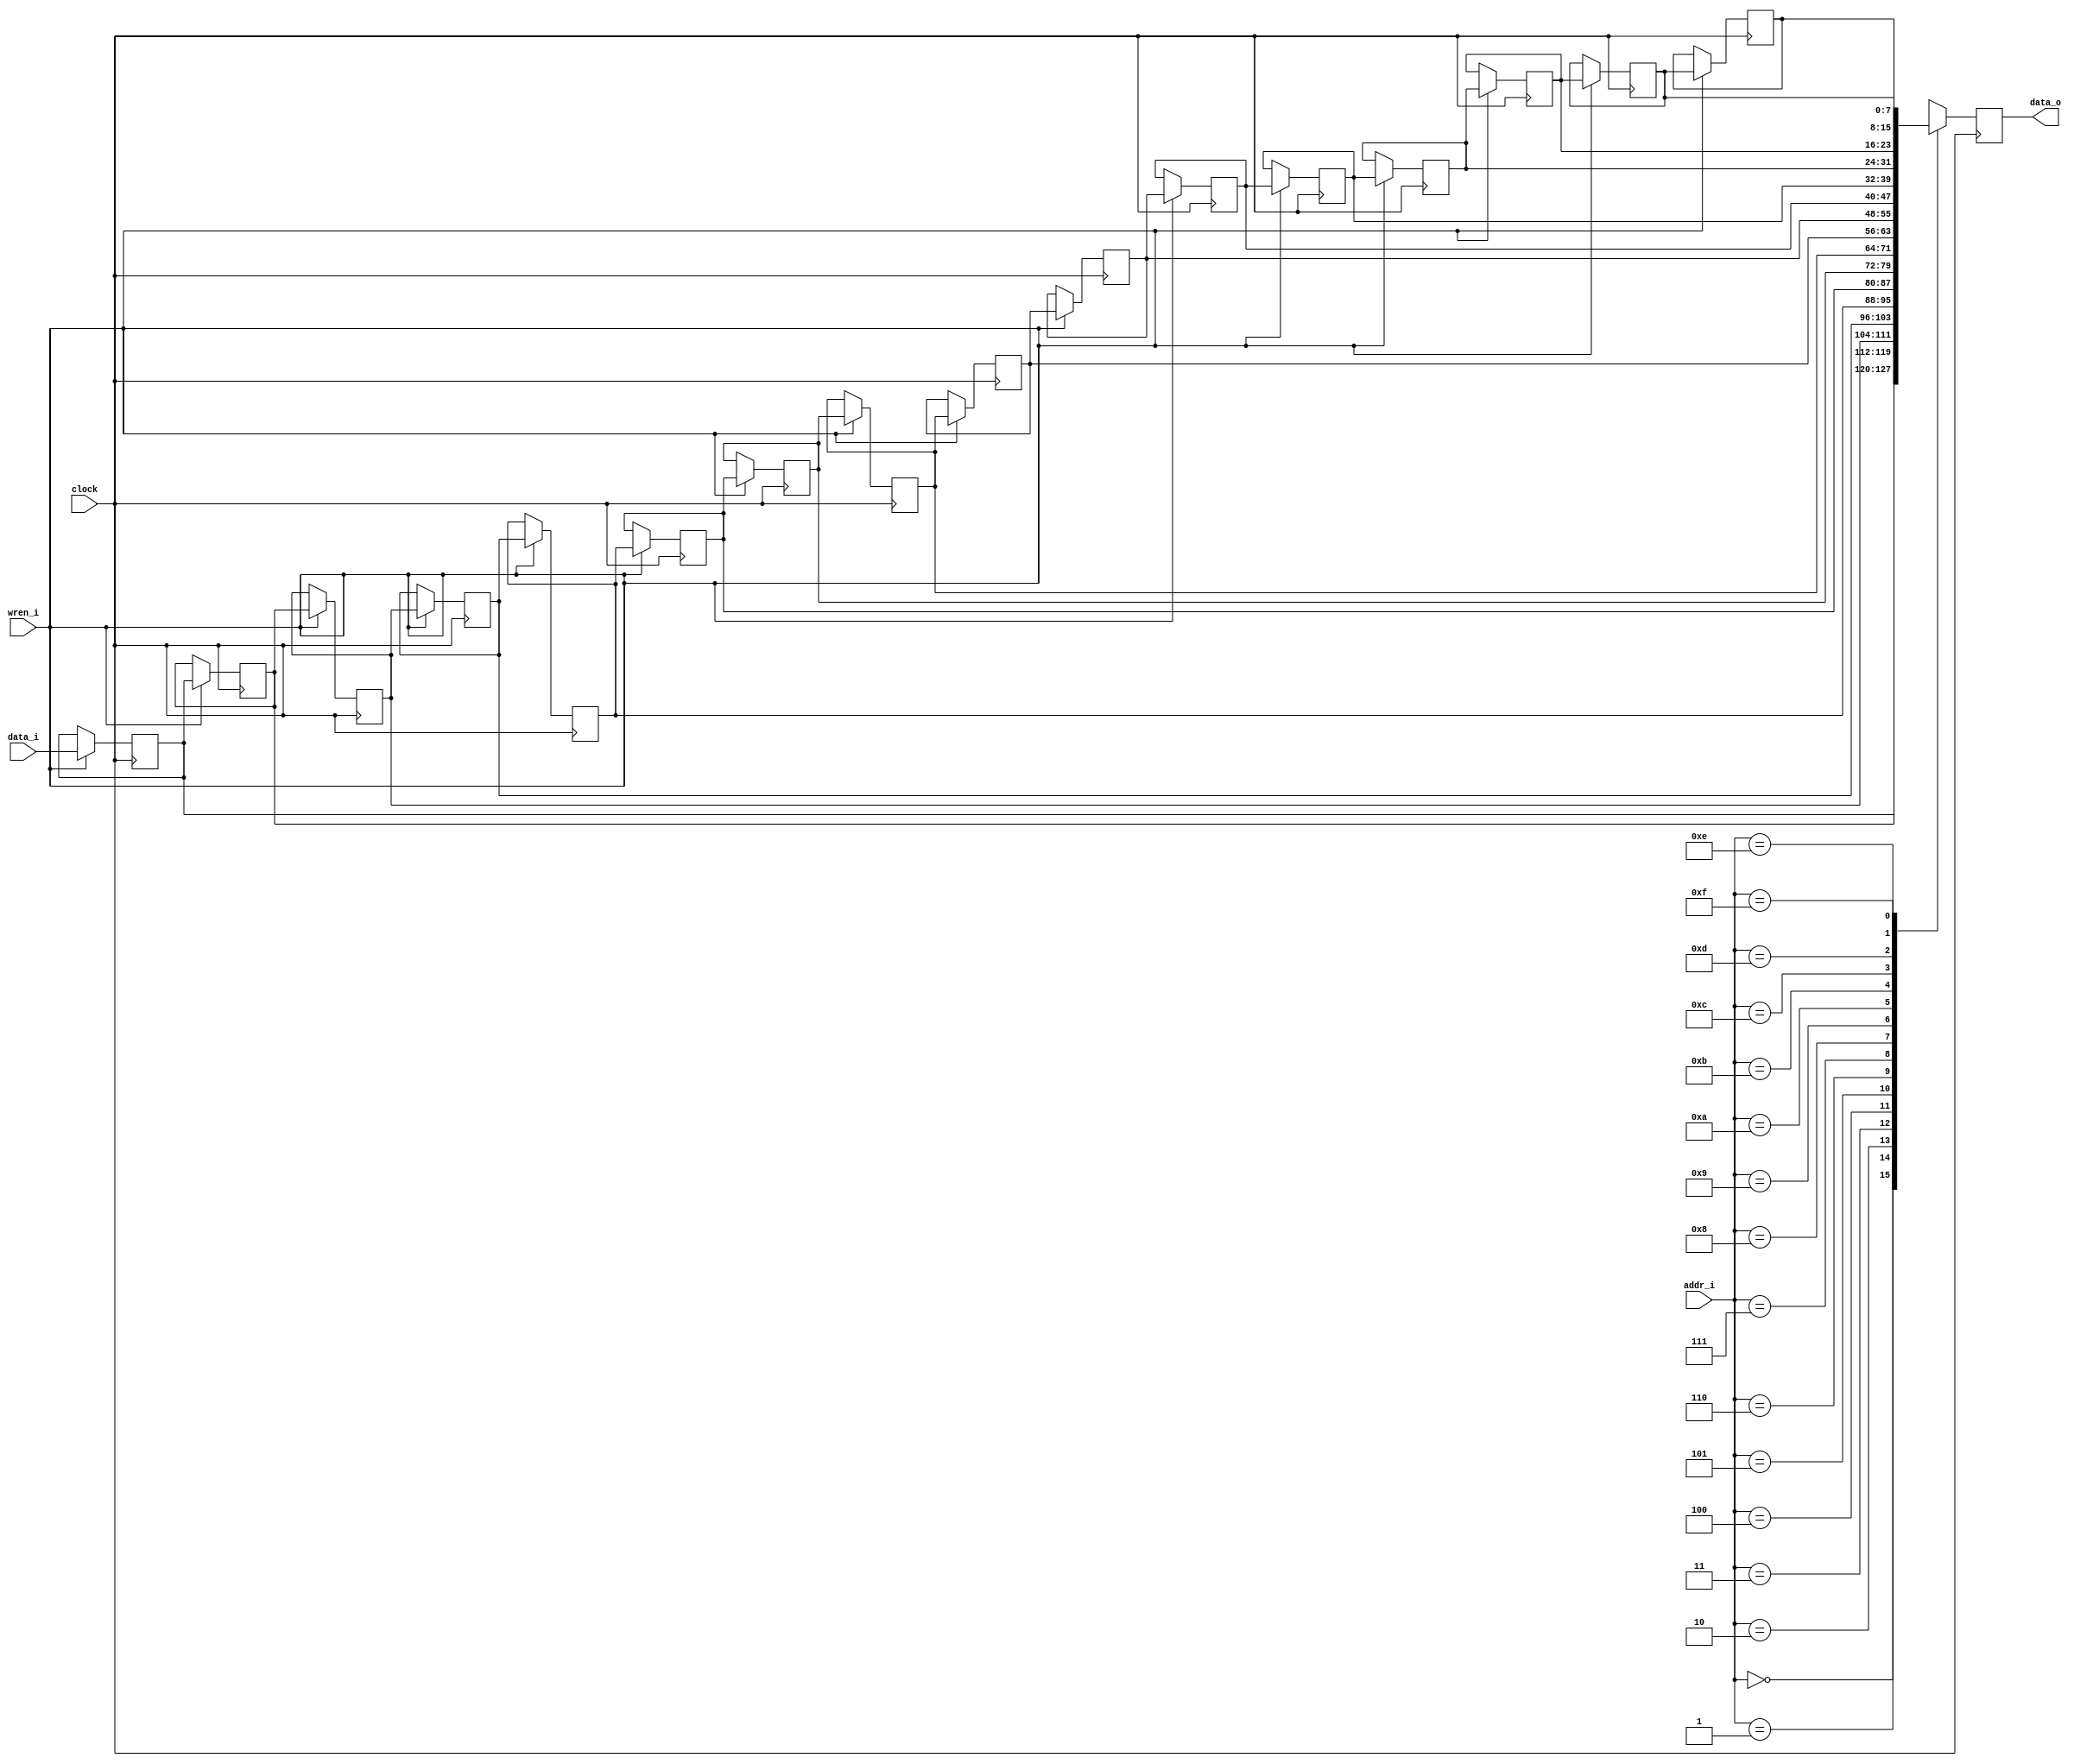
module shift_register (
    clock,
    wren_i,
    addr_i,
    data_i,
    data_o
);

  parameter WIDTH = 8;
  localparam MSB = WIDTH - 1;

  parameter DEPTH = 16;
  localparam ASB = $clog2(DEPTH) - 1;

  input clock;
  input wren_i;
  input [ASB:0] addr_i;
  input [MSB:0] data_i;
  output [MSB:0] data_o;

  reg [MSB:0] data_q;

  assign data_o = data_q;

  genvar ii;
  generate
    begin : g_shift

      // begin : g_shift_register
      reg [MSB:0] srl[0:DEPTH-1];

      for (ii = 0; ii < DEPTH - 1; ii = ii + 1) begin : g_forshi
        always @(posedge clock) begin
          if (wren_i) begin
            srl[ii+1] <= srl[ii];
          end
        end
      end

      always @(posedge clock) begin
        if (wren_i) begin
          srl[0] <= data_i;
        end

        data_q <= srl[addr_i];
      end

    end
  endgenerate  // g_shift_register

endmodule